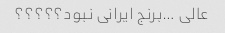
عالی …برنج ایرانی نبود؟؟؟؟؟